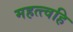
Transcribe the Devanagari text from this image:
महत्त्वहि